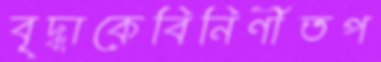
বৃদ্ধাকেবিনির্ণীতপ